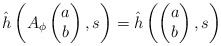
\begin{align*} \hat h\left( A_\phi \begin{pmatrix}a\\b\end{pmatrix}, s\right) = \hat h\left(\begin{pmatrix}a\\b\end{pmatrix}, s\right)\end{align*}